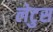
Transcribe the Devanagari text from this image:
लेटुस